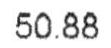
50.88